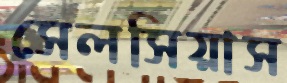
সেলসিয়াস